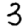
Digit: 3